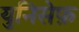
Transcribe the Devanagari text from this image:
युनिसेफ़